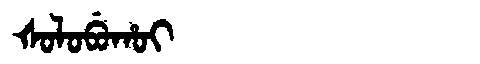
Manchu: ᡧᠣᠯᠣᠪᡠᡥᠣᡳ
Romanization: ŠOLOBUHOI